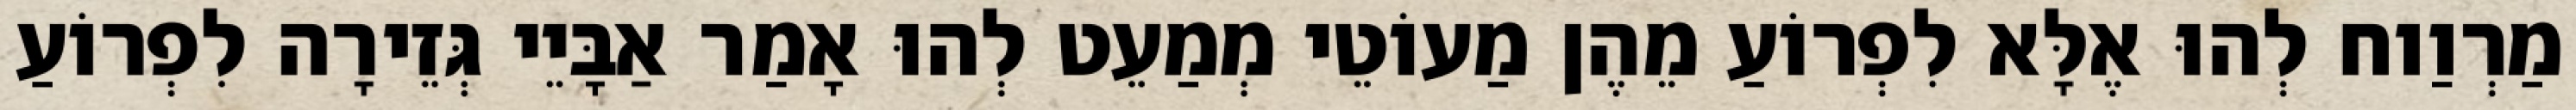
מַרְוַוח לְהוּ אֶלָּא לִפְרוֹעַ מֵהֶן מַעוֹטֵי מְמַעֵט לְהוּ אָמַר אַבָּיֵי גְּזֵירָה לִפְרוֹעַ